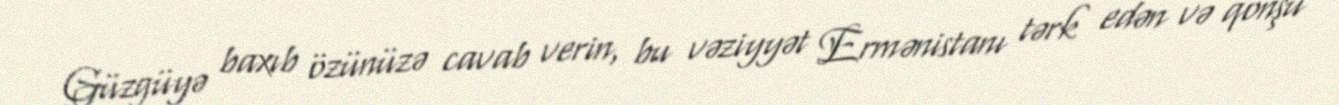
Güzgüyə baxıb özünüzə cavab verin, bu vəziyyət Ermənistanı tərk edən və qonşu